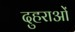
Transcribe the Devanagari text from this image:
दुहराओं